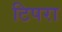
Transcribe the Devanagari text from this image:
टिपरा